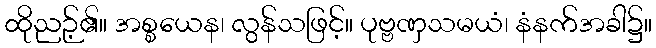
ထိုညဉ့်၏။ အစ္စယေန၊ လွန်သဖြင့်။ ပုဗ္ဗဏှသမယံ၊ နံနက်အခါ၌။